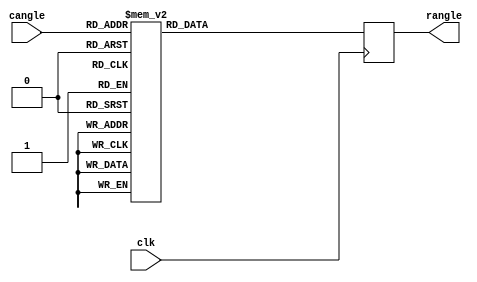
module  circle256_2_28  (
	input clk,
	input  [7:0] cangle,
	output reg [WIDTH-1:0] rangle
);

parameter WIDTH = 32 ;


// Fixed point radian Angles (2:28)
//   (index * 2.0 * math.pi / 256) * (1 << 32)

always @(posedge clk)
begin
  case(cangle)
      8'd00 : rangle <= 32'b0000000000000000000000000000000 ;
      8'd01 : rangle <= 32'b0000000011001001000011111101101 ;
      8'd02 : rangle <= 32'b0000000110010010000111111011010 ;
      8'd03 : rangle <= 32'b0000001001011011001011111000111 ;
      8'd04 : rangle <= 32'b0000001100100100001111110110101 ;
      8'd05 : rangle <= 32'b0000001111101101010011110100010 ;
      8'd06 : rangle <= 32'b0000010010110110010111110001111 ;
      8'd07 : rangle <= 32'b0000010101111111011011101111101 ;
      8'd08 : rangle <= 32'b0000011001001000011111101101010 ;
      8'd09 : rangle <= 32'b0000011100010001100011101010111 ;
      8'd10 : rangle <= 32'b0000011111011010100111101000101 ;
      8'd11 : rangle <= 32'b0000100010100011101011100110010 ;
      8'd12 : rangle <= 32'b0000100101101100101111100011111 ;
      8'd13 : rangle <= 32'b0000101000110101110011100001101 ;
      8'd14 : rangle <= 32'b0000101011111110110111011111010 ;
      8'd15 : rangle <= 32'b0000101111000111111011011100111 ;
      8'd16 : rangle <= 32'b0000110010010000111111011010101 ;
      8'd17 : rangle <= 32'b0000110101011010000011011000010 ;
      8'd18 : rangle <= 32'b0000111000100011000111010101111 ;
      8'd19 : rangle <= 32'b0000111011101100001011010011101 ;
      8'd20 : rangle <= 32'b0000111110110101001111010001010 ;
      8'd21 : rangle <= 32'b0001000001111110010011001110111 ;
      8'd22 : rangle <= 32'b0001000101000111010111001100100 ;
      8'd23 : rangle <= 32'b0001001000010000011011001010010 ;
      8'd24 : rangle <= 32'b0001001011011001011111000111111 ;
      8'd25 : rangle <= 32'b0001001110100010100011000101100 ;
      8'd26 : rangle <= 32'b0001010001101011100111000011010 ;
      8'd27 : rangle <= 32'b0001010100110100101011000000111 ;
      8'd28 : rangle <= 32'b0001010111111101101110111110100 ;
      8'd29 : rangle <= 32'b0001011011000110110010111100010 ;
      8'd30 : rangle <= 32'b0001011110001111110110111001111 ;
      8'd31 : rangle <= 32'b0001100001011000111010110111100 ;
      8'd32 : rangle <= 32'b0001100100100001111110110101010 ;
      8'd33 : rangle <= 32'b0001100111101011000010110010111 ;
      8'd34 : rangle <= 32'b0001101010110100000110110000100 ;
      8'd35 : rangle <= 32'b0001101101111101001010101110010 ;
      8'd36 : rangle <= 32'b0001110001000110001110101011111 ;
      8'd37 : rangle <= 32'b0001110100001111010010101001100 ;
      8'd38 : rangle <= 32'b0001110111011000010110100111010 ;
      8'd39 : rangle <= 32'b0001111010100001011010100100111 ;
      8'd40 : rangle <= 32'b0001111101101010011110100010100 ;
      8'd41 : rangle <= 32'b0010000000110011100010100000001 ;
      8'd42 : rangle <= 32'b0010000011111100100110011101111 ;
      8'd43 : rangle <= 32'b0010000111000101101010011011100 ;
      8'd44 : rangle <= 32'b0010001010001110101110011001001 ;
      8'd45 : rangle <= 32'b0010001101010111110010010110111 ;
      8'd46 : rangle <= 32'b0010010000100000110110010100100 ;
      8'd47 : rangle <= 32'b0010010011101001111010010010001 ;
      8'd48 : rangle <= 32'b0010010110110010111110001111111 ;
      8'd49 : rangle <= 32'b0010011001111100000010001101100 ;
      8'd50 : rangle <= 32'b0010011101000101000110001011001 ;
      8'd51 : rangle <= 32'b0010100000001110001010001000111 ;
      8'd52 : rangle <= 32'b0010100011010111001110000110100 ;
      8'd53 : rangle <= 32'b0010100110100000010010000100001 ;
      8'd54 : rangle <= 32'b0010101001101001010110000001111 ;
      8'd55 : rangle <= 32'b0010101100110010011001111111100 ;
      8'd56 : rangle <= 32'b0010101111111011011101111101001 ;
      8'd57 : rangle <= 32'b0010110011000100100001111010111 ;
      8'd58 : rangle <= 32'b0010110110001101100101111000100 ;
      8'd59 : rangle <= 32'b0010111001010110101001110110001 ;
      8'd60 : rangle <= 32'b0010111100011111101101110011110 ;
      8'd61 : rangle <= 32'b0010111111101000110001110001100 ;
      8'd62 : rangle <= 32'b0011000010110001110101101111001 ;
      8'd63 : rangle <= 32'b0011000101111010111001101100110 ;
      8'd64 : rangle <= 32'b0011001001000011111101101010100 ;
      8'd65 : rangle <= 32'b0011001100001101000001101000001 ;
      8'd66 : rangle <= 32'b0011001111010110000101100101110 ;
      8'd67 : rangle <= 32'b0011010010011111001001100011100 ;
      8'd68 : rangle <= 32'b0011010101101000001101100001001 ;
      8'd69 : rangle <= 32'b0011011000110001010001011110110 ;
      8'd70 : rangle <= 32'b0011011011111010010101011100100 ;
      8'd71 : rangle <= 32'b0011011111000011011001011010001 ;
      8'd72 : rangle <= 32'b0011100010001100011101010111110 ;
      8'd73 : rangle <= 32'b0011100101010101100001010101100 ;
      8'd74 : rangle <= 32'b0011101000011110100101010011001 ;
      8'd75 : rangle <= 32'b0011101011100111101001010000110 ;
      8'd76 : rangle <= 32'b0011101110110000101101001110100 ;
      8'd77 : rangle <= 32'b0011110001111001110001001100001 ;
      8'd78 : rangle <= 32'b0011110101000010110101001001110 ;
      8'd79 : rangle <= 32'b0011111000001011111001000111100 ;
      8'd80 : rangle <= 32'b0011111011010100111101000101001 ;
      8'd81 : rangle <= 32'b0011111110011110000001000010110 ;
      8'd82 : rangle <= 32'b0100000001100111000101000000011 ;
      8'd83 : rangle <= 32'b0100000100110000001000111110001 ;
      8'd84 : rangle <= 32'b0100000111111001001100111011110 ;
      8'd85 : rangle <= 32'b0100001011000010010000111001011 ;
      8'd86 : rangle <= 32'b0100001110001011010100110111001 ;
      8'd87 : rangle <= 32'b0100010001010100011000110100110 ;
      8'd88 : rangle <= 32'b0100010100011101011100110010011 ;
      8'd89 : rangle <= 32'b0100010111100110100000110000001 ;
      8'd90 : rangle <= 32'b0100011010101111100100101101110 ;
      8'd91 : rangle <= 32'b0100011101111000101000101011011 ;
      8'd92 : rangle <= 32'b0100100001000001101100101001001 ;
      8'd93 : rangle <= 32'b0100100100001010110000100110110 ;
      8'd94 : rangle <= 32'b0100100111010011110100100100011 ;
      8'd95 : rangle <= 32'b0100101010011100111000100010001 ;
      8'd96 : rangle <= 32'b0100101101100101111100011111110 ;
      8'd97 : rangle <= 32'b0100110000101111000000011101011 ;
      8'd98 : rangle <= 32'b0100110011111000000100011011001 ;
      8'd99 : rangle <= 32'b0100110111000001001000011000110 ;
      8'd100 : rangle <= 32'b0100111010001010001100010110011 ;
      8'd101 : rangle <= 32'b0100111101010011010000010100000 ;
      8'd102 : rangle <= 32'b0101000000011100010100010001110 ;
      8'd103 : rangle <= 32'b0101000011100101011000001111011 ;
      8'd104 : rangle <= 32'b0101000110101110011100001101000 ;
      8'd105 : rangle <= 32'b0101001001110111100000001010110 ;
      8'd106 : rangle <= 32'b0101001101000000100100001000011 ;
      8'd107 : rangle <= 32'b0101010000001001101000000110000 ;
      8'd108 : rangle <= 32'b0101010011010010101100000011110 ;
      8'd109 : rangle <= 32'b0101010110011011110000000001011 ;
      8'd110 : rangle <= 32'b0101011001100100110011111111000 ;
      8'd111 : rangle <= 32'b0101011100101101110111111100110 ;
      8'd112 : rangle <= 32'b0101011111110110111011111010011 ;
      8'd113 : rangle <= 32'b0101100010111111111111111000000 ;
      8'd114 : rangle <= 32'b0101100110001001000011110101110 ;
      8'd115 : rangle <= 32'b0101101001010010000111110011011 ;
      8'd116 : rangle <= 32'b0101101100011011001011110001000 ;
      8'd117 : rangle <= 32'b0101101111100100001111101110110 ;
      8'd118 : rangle <= 32'b0101110010101101010011101100011 ;
      8'd119 : rangle <= 32'b0101110101110110010111101010000 ;
      8'd120 : rangle <= 32'b0101111000111111011011100111101 ;
      8'd121 : rangle <= 32'b0101111100001000011111100101011 ;
      8'd122 : rangle <= 32'b0101111111010001100011100011000 ;
      8'd123 : rangle <= 32'b0110000010011010100111100000101 ;
      8'd124 : rangle <= 32'b0110000101100011101011011110011 ;
      8'd125 : rangle <= 32'b0110001000101100101111011100000 ;
      8'd126 : rangle <= 32'b0110001011110101110011011001101 ;
      8'd127 : rangle <= 32'b0110001110111110110111010111011 ;
      8'd128 : rangle <= 32'b0110010010000111111011010101000 ;
      8'd129 : rangle <= 32'b0110010101010000111111010010101 ;
      8'd130 : rangle <= 32'b0110011000011010000011010000011 ;
      8'd131 : rangle <= 32'b0110011011100011000111001110000 ;
      8'd132 : rangle <= 32'b0110011110101100001011001011101 ;
      8'd133 : rangle <= 32'b0110100001110101001111001001011 ;
      8'd134 : rangle <= 32'b0110100100111110010011000111000 ;
      8'd135 : rangle <= 32'b0110101000000111010111000100101 ;
      8'd136 : rangle <= 32'b0110101011010000011011000010011 ;
      8'd137 : rangle <= 32'b0110101110011001011111000000000 ;
      8'd138 : rangle <= 32'b0110110001100010100010111101101 ;
      8'd139 : rangle <= 32'b0110110100101011100110111011011 ;
      8'd140 : rangle <= 32'b0110110111110100101010111001000 ;
      8'd141 : rangle <= 32'b0110111010111101101110110110101 ;
      8'd142 : rangle <= 32'b0110111110000110110010110100010 ;
      8'd143 : rangle <= 32'b0111000001001111110110110010000 ;
      8'd144 : rangle <= 32'b0111000100011000111010101111101 ;
      8'd145 : rangle <= 32'b0111000111100001111110101101010 ;
      8'd146 : rangle <= 32'b0111001010101011000010101011000 ;
      8'd147 : rangle <= 32'b0111001101110100000110101000101 ;
      8'd148 : rangle <= 32'b0111010000111101001010100110010 ;
      8'd149 : rangle <= 32'b0111010100000110001110100100000 ;
      8'd150 : rangle <= 32'b0111010111001111010010100001101 ;
      8'd151 : rangle <= 32'b0111011010011000010110011111010 ;
      8'd152 : rangle <= 32'b0111011101100001011010011101000 ;
      8'd153 : rangle <= 32'b0111100000101010011110011010101 ;
      8'd154 : rangle <= 32'b0111100011110011100010011000010 ;
      8'd155 : rangle <= 32'b0111100110111100100110010110000 ;
      8'd156 : rangle <= 32'b0111101010000101101010010011101 ;
      8'd157 : rangle <= 32'b0111101101001110101110010001010 ;
      8'd158 : rangle <= 32'b0111110000010111110010001111000 ;
      8'd159 : rangle <= 32'b0111110011100000110110001100101 ;
      8'd160 : rangle <= 32'b0111110110101001111010001010010 ;
      8'd161 : rangle <= 32'b0111111001110010111110000111111 ;
      8'd162 : rangle <= 32'b0111111100111100000010000101101 ;
      8'd163 : rangle <= 32'b1000000000000101000110000011010 ;
      8'd164 : rangle <= 32'b1000000011001110001010000000111 ;
      8'd165 : rangle <= 32'b1000000110010111001101111110101 ;
      8'd166 : rangle <= 32'b1000001001100000010001111100010 ;
      8'd167 : rangle <= 32'b1000001100101001010101111001111 ;
      8'd168 : rangle <= 32'b1000001111110010011001110111101 ;
      8'd169 : rangle <= 32'b1000010010111011011101110101010 ;
      8'd170 : rangle <= 32'b1000010110000100100001110010111 ;
      8'd171 : rangle <= 32'b1000011001001101100101110000101 ;
      8'd172 : rangle <= 32'b1000011100010110101001101110010 ;
      8'd173 : rangle <= 32'b1000011111011111101101101011111 ;
      8'd174 : rangle <= 32'b1000100010101000110001101001101 ;
      8'd175 : rangle <= 32'b1000100101110001110101100111010 ;
      8'd176 : rangle <= 32'b1000101000111010111001100100111 ;
      8'd177 : rangle <= 32'b1000101100000011111101100010101 ;
      8'd178 : rangle <= 32'b1000101111001101000001100000010 ;
      8'd179 : rangle <= 32'b1000110010010110000101011101111 ;
      8'd180 : rangle <= 32'b1000110101011111001001011011100 ;
      8'd181 : rangle <= 32'b1000111000101000001101011001010 ;
      8'd182 : rangle <= 32'b1000111011110001010001010110111 ;
      8'd183 : rangle <= 32'b1000111110111010010101010100100 ;
      8'd184 : rangle <= 32'b1001000010000011011001010010010 ;
      8'd185 : rangle <= 32'b1001000101001100011101001111111 ;
      8'd186 : rangle <= 32'b1001001000010101100001001101100 ;
      8'd187 : rangle <= 32'b1001001011011110100101001011010 ;
      8'd188 : rangle <= 32'b1001001110100111101001001000111 ;
      8'd189 : rangle <= 32'b1001010001110000101101000110100 ;
      8'd190 : rangle <= 32'b1001010100111001110001000100010 ;
      8'd191 : rangle <= 32'b1001011000000010110101000001111 ;
      8'd192 : rangle <= 32'b1001011011001011111000111111100 ;
      8'd193 : rangle <= 32'b1001011110010100111100111101010 ;
      8'd194 : rangle <= 32'b1001100001011110000000111010111 ;
      8'd195 : rangle <= 32'b1001100100100111000100111000100 ;
      8'd196 : rangle <= 32'b1001100111110000001000110110010 ;
      8'd197 : rangle <= 32'b1001101010111001001100110011111 ;
      8'd198 : rangle <= 32'b1001101110000010010000110001100 ;
      8'd199 : rangle <= 32'b1001110001001011010100101111010 ;
      8'd200 : rangle <= 32'b1001110100010100011000101100111 ;
      8'd201 : rangle <= 32'b1001110111011101011100101010100 ;
      8'd202 : rangle <= 32'b1001111010100110100000101000001 ;
      8'd203 : rangle <= 32'b1001111101101111100100100101111 ;
      8'd204 : rangle <= 32'b1010000000111000101000100011100 ;
      8'd205 : rangle <= 32'b1010000100000001101100100001001 ;
      8'd206 : rangle <= 32'b1010000111001010110000011110111 ;
      8'd207 : rangle <= 32'b1010001010010011110100011100100 ;
      8'd208 : rangle <= 32'b1010001101011100111000011010001 ;
      8'd209 : rangle <= 32'b1010010000100101111100010111111 ;
      8'd210 : rangle <= 32'b1010010011101111000000010101100 ;
      8'd211 : rangle <= 32'b1010010110111000000100010011001 ;
      8'd212 : rangle <= 32'b1010011010000001001000010000111 ;
      8'd213 : rangle <= 32'b1010011101001010001100001110100 ;
      8'd214 : rangle <= 32'b1010100000010011010000001100001 ;
      8'd215 : rangle <= 32'b1010100011011100010100001001111 ;
      8'd216 : rangle <= 32'b1010100110100101011000000111100 ;
      8'd217 : rangle <= 32'b1010101001101110011100000101001 ;
      8'd218 : rangle <= 32'b1010101100110111100000000010111 ;
      8'd219 : rangle <= 32'b1010110000000000100100000000100 ;
      8'd220 : rangle <= 32'b1010110011001001100111111110001 ;
      8'd221 : rangle <= 32'b1010110110010010101011111011110 ;
      8'd222 : rangle <= 32'b1010111001011011101111111001100 ;
      8'd223 : rangle <= 32'b1010111100100100110011110111001 ;
      8'd224 : rangle <= 32'b1010111111101101110111110100110 ;
      8'd225 : rangle <= 32'b1011000010110110111011110010100 ;
      8'd226 : rangle <= 32'b1011000101111111111111110000001 ;
      8'd227 : rangle <= 32'b1011001001001001000011101101110 ;
      8'd228 : rangle <= 32'b1011001100010010000111101011100 ;
      8'd229 : rangle <= 32'b1011001111011011001011101001001 ;
      8'd230 : rangle <= 32'b1011010010100100001111100110110 ;
      8'd231 : rangle <= 32'b1011010101101101010011100100100 ;
      8'd232 : rangle <= 32'b1011011000110110010111100010001 ;
      8'd233 : rangle <= 32'b1011011011111111011011011111110 ;
      8'd234 : rangle <= 32'b1011011111001000011111011101100 ;
      8'd235 : rangle <= 32'b1011100010010001100011011011001 ;
      8'd236 : rangle <= 32'b1011100101011010100111011000110 ;
      8'd237 : rangle <= 32'b1011101000100011101011010110100 ;
      8'd238 : rangle <= 32'b1011101011101100101111010100001 ;
      8'd239 : rangle <= 32'b1011101110110101110011010001110 ;
      8'd240 : rangle <= 32'b1011110001111110110111001111011 ;
      8'd241 : rangle <= 32'b1011110101000111111011001101001 ;
      8'd242 : rangle <= 32'b1011111000010000111111001010110 ;
      8'd243 : rangle <= 32'b1011111011011010000011001000011 ;
      8'd244 : rangle <= 32'b1011111110100011000111000110001 ;
      8'd245 : rangle <= 32'b1100000001101100001011000011110 ;
      8'd246 : rangle <= 32'b1100000100110101001111000001011 ;
      8'd247 : rangle <= 32'b1100000111111110010010111111001 ;
      8'd248 : rangle <= 32'b1100001011000111010110111100110 ;
      8'd249 : rangle <= 32'b1100001110010000011010111010011 ;
      8'd250 : rangle <= 32'b1100010001011001011110111000001 ;
      8'd251 : rangle <= 32'b1100010100100010100010110101110 ;
      8'd252 : rangle <= 32'b1100010111101011100110110011011 ;
      8'd253 : rangle <= 32'b1100011010110100101010110001001 ;
      8'd254 : rangle <= 32'b1100011101111101101110101110110 ;
      8'd255 : rangle <= 32'b1100100001000110110010101100011 ;
  endcase
end

endmodule